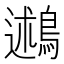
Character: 鶐